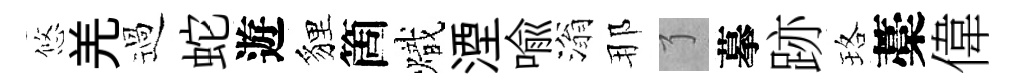
悠羌過蛇遊貍箇熾湮喻滃那了摹跡珞藁偉